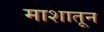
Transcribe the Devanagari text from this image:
माशातून